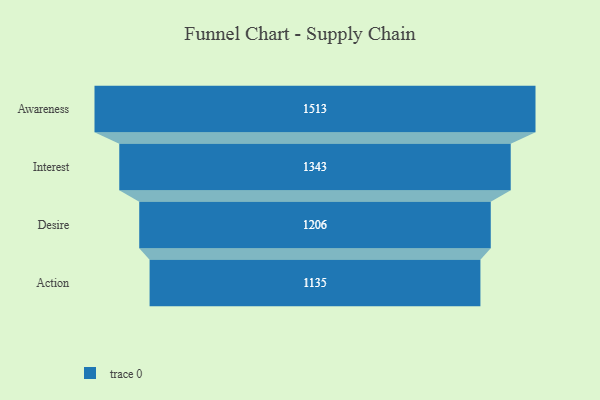
{"axis": {"x": "Stage", "y": "Value"}, "legend": [""], "data": [{"x": "Awareness", "y": 1513.0, "type": ""}, {"x": "Interest", "y": 1343.0, "type": ""}, {"x": "Desire", "y": 1206.0, "type": ""}, {"x": "Action", "y": 1135.0, "type": ""}]}